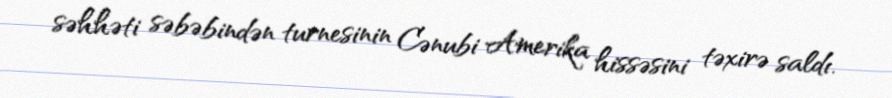
səhhəti səbəbindən turnesinin Cənubi Amerika hissəsini təxirə saldı.